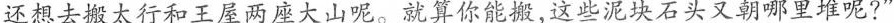
还想去搬太行和王屋两座大山呢。就算你能搬，这些泥块石头又朝哪里堆呢?”